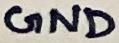
Text: GND